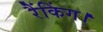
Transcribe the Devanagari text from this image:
रैंकिंग।